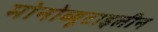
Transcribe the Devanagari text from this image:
मोनोब्यूटाइलीन